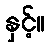
နှင့်။